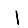
Digit: 1